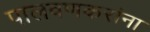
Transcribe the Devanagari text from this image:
पालवणकरांना